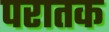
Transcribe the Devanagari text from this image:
परातक